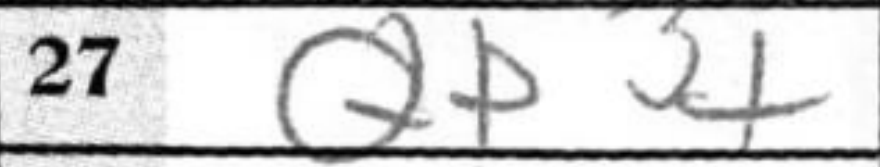
Transcription: Qb3+